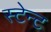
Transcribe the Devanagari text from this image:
स्टेन्ट